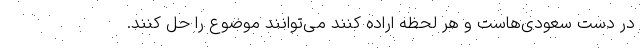
در دست سعودی‌هاست و هر لحظه اراده کنند می‌توانند موضوع را حل کنند.